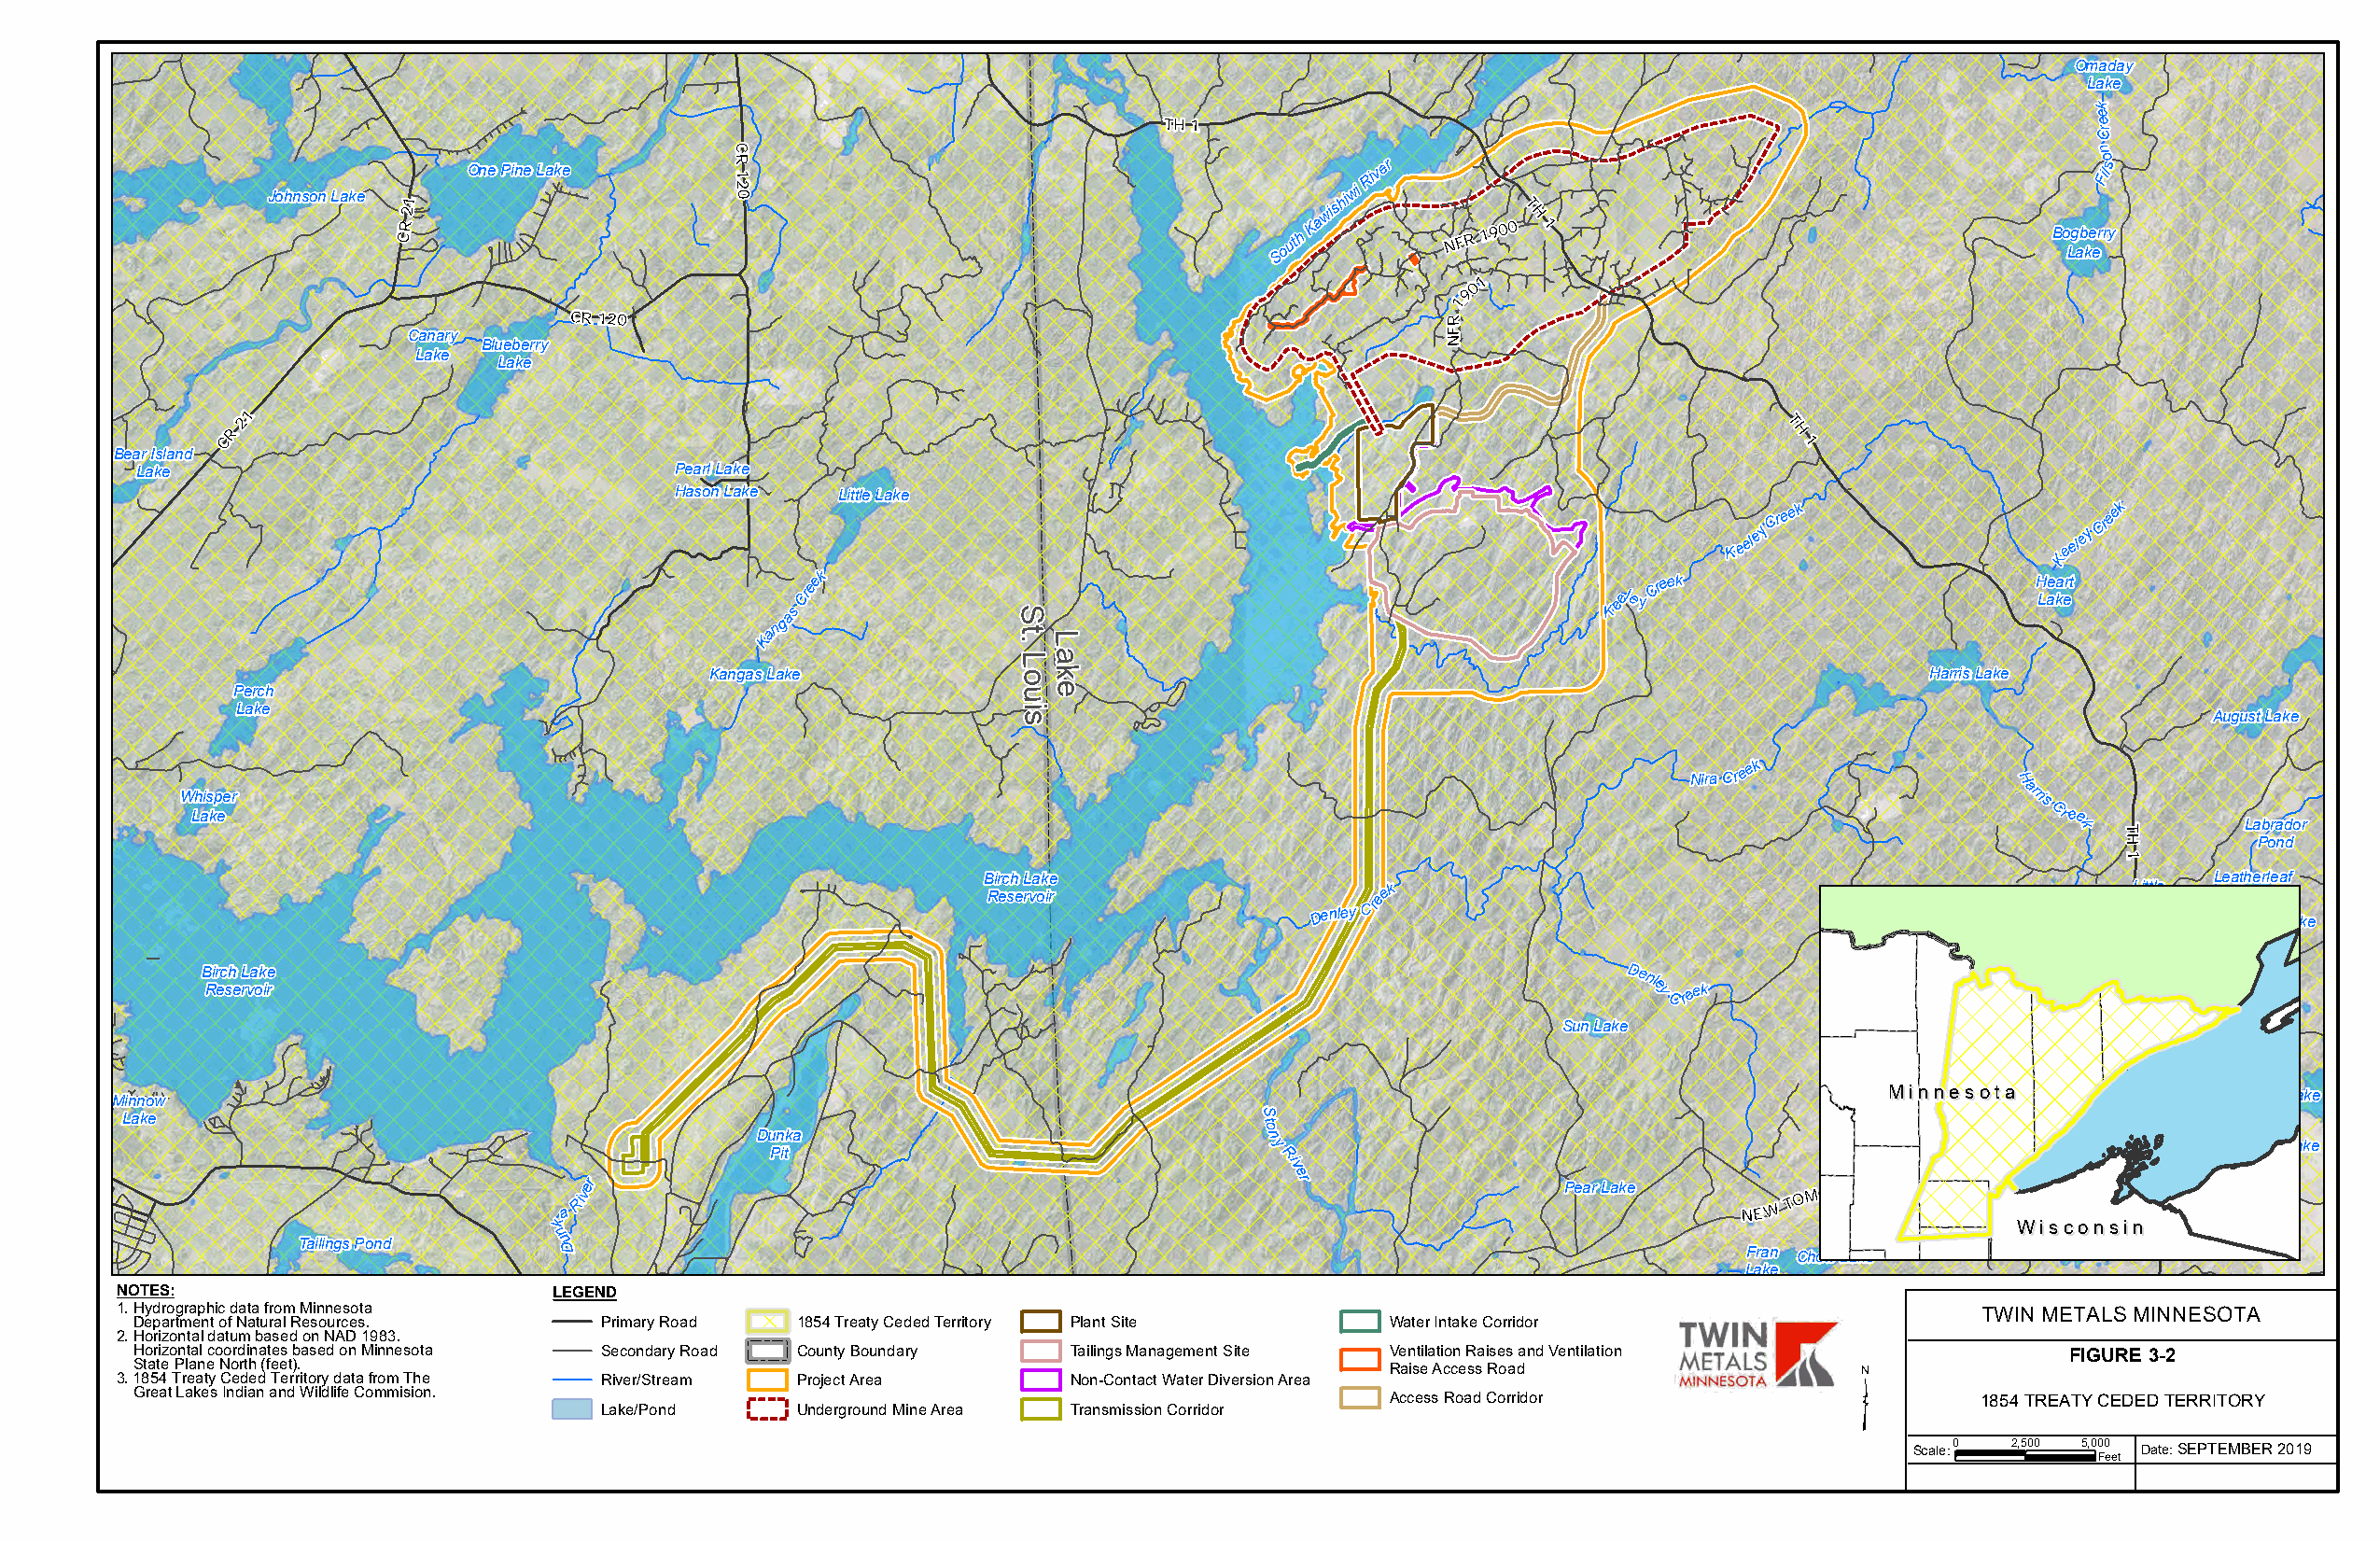
Omaday
 Lake
 k
 e
 TH 1                                                              e rC
 C                                                                                                n
 Johnson Lake
 CR
 21
 One Pine Lake      R 1
 2 0
 South
 Kawishiwi
 River
 NFR
 1900T
 H
 1                                    Bo Lg ab ke
 erFo i rls
 y
 1
 0
 9
 1
 CR 120                                                         R
 Canary Blueberry                                                          F N
 Lake
 Lake
 1
 CR
 2                                                                                                            T
 H
 1
 Bear Island
 Lake                                  Pearl Lake
 Hason Lake Little Lake
 K
 eeleyCre
 ek
 eeley
 Creek
 K
 Creek
 eel ey
 Creek                      H Lae ka ert
 Kangas            S
 t .L
 K
 La
 Kangas Lake           ok                                                               Harris Lake
 Perch                                                  ue
 Lake                                                   i
 s                                                                                    August Lake
 NiraCre
 ek
 H
 Whisper
 arris
 Lake                                                                                                                               Cree
 k  T        Labrador
 H         Pond
 1
 Birch Lake                                                                             Leatherleaf
 Reservoir
 Denley
 Cree k                                              SpriL ni gtt le
 Lake
 L Ba ak ie
 rd Lake
 Birch Lake                                                                                           Denl                   Beaver
 Reservoir                                                                                             e yCreek            Hut Lake
 Sun Lake                                 Tony Lake
 Don's Lake
 Minnow                                                                                                                        MMiinnnneessoottaa     Shamrock Lake
 S                                        Denley
 Lake
 Dunka
 to
 n                                        Lake
 y                                                                    Sterno Lake
 Pit                                 Ri
 v
 er                                                 er                 Pear Lake
 a
 Riv
 NE W T
 OMAHAWK
 R D
 k
 n
 WWiissccooGnnypsssiyinn Dunnigan Lake
 Tailings Pond      u D                                                                                 Fran Chow Lake          Lake
 Lake
 NOTES:                         LEGEND
 1.Hydrographic data from Minnesota                                                                                                   TWIN METALS MINNESOTA
 Department of Natural Resources. Primary Road  1854 Treaty Ceded Territory Plant Site    Water Intake Corridor
 2.Horizontal datum based on NAD 1983.
 Horizontal coordinates based on Minnesota Secondary Road County Boundary Tailings Management Site Ventilation Raises and Ventilation ³   FIGURE 3-2
 State Plane North (feet).                                                                Raise Access Road
 3.1854 Treaty Ceded Territory data from The River/Stream Project Area Non-Contact Water Diversion Area
 Great Lakes Indian and Wildlife Commision.
 Access Road Corridor                     1854 TREATY CEDED TERRITORY
 Lake/Pond     Underground Mine Area Transmission Corridor
 Scale:0 2,500 5,000 Date:SEPTEMBER 2019
 Feet